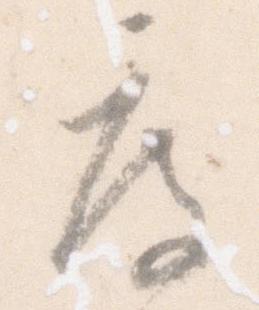
度